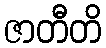
ဇာတီတိ